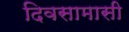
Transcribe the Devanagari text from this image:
दिवसामासी